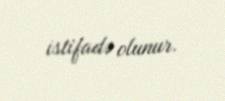
istifadə olunur.